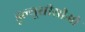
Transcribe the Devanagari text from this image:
डूल्यूसीसीओ